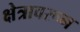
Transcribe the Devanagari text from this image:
क्षेत्रावरून